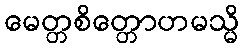
မေတ္တစိတ္တောဟမသ္မိ